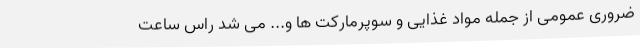
ضروری عمومی از جمله مواد غذایی و سوپرمارکت ها و... می شد راس ساعت